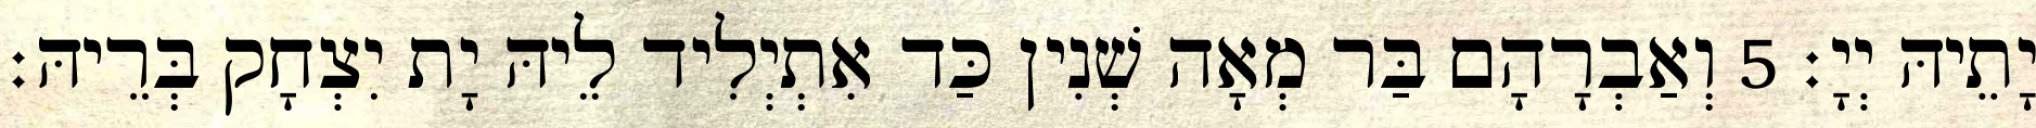
יָתֵיהּ יְיָ׃ 5 וְאַבְרָהָם בַּר מְאָה שְׁנִין כַּד אִתְיְלִיד לֵיהּ יָת יִצְחָק בְּרֵיהּ׃